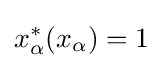
x_{\alpha }^{*}(x_{\alpha })=1